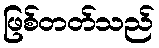
ဖြစ်တတ်သည်